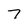
Character: 7